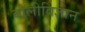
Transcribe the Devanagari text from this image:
बोलीविज्ञान